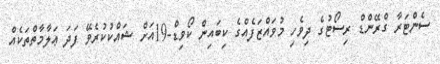
ސެންޓަރާ ގްރޭންޑް ރިސޯޓުގެ ދިވެހި މުވައްޒަފެއްގެ ކިބައިން ކޯވިޑް-19އަށް ޝައްކުކުރެވޭ ފަދަ ޢަލާމާތްތަކެއް